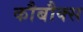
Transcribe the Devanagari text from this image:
कौबौक्स